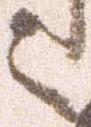
被